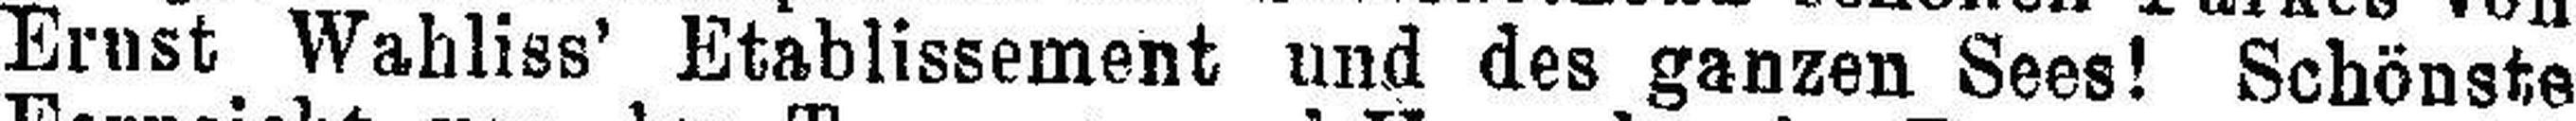
Ernst Wahliss’ Etablissement und des ganzen Sees! Schönste